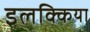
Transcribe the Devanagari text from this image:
इलक्किया